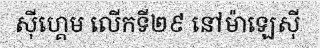
ស៊ីហ្គេម លើកទី២៩ នៅម៉ាឡេស៊ី